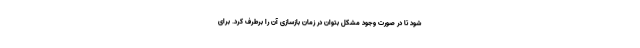
شود تا در صورت وجود مشکل بتوان در زمان بازسازی آن را برطرف کرد. برای